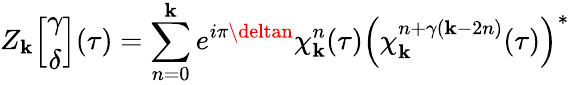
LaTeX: Z_{\mathbf{k}}\Big[\begin{array}{c}{{\gamma}}\\ {{\delta}}\end{array}\Big](\tau)=\sum_{n=0}^{\mathbf{k}}e^{i\pi\deltan}\chi_{\mathbf{k}}^{n}(\tau)\left(\chi_{\mathbf{k}}^{n+\gamma(\mathbf{k}-2n)}(\tau)\right)^{*}